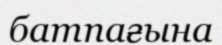
батпағына